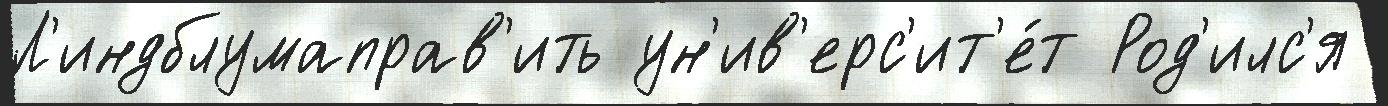
Л'индблумаправ'ить ун'ив'ерс'ит'е́т Род'илс'я